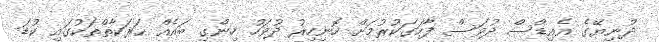
ދުނިޔޭގެ އެއިޑްސް ދުވަސް ފާހަގަކުރުމަށް ހޮނިހިރު ދުވަހު ހިންގި ބައެއް ޙަރަކާތްތަކުގައި ކުޑަ